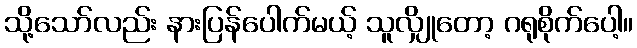
သို့သော်လည်း နားပြန်ပေါက်မယ့် သူလျှိုတော့ ဂရုစိုက်ပေါ့။